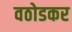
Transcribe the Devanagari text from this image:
वठोडकर